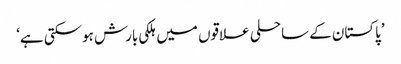
’پاکستان کے ساحلی علاقوں میں ہلکی بارش ہوسکتی ہے‘